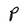
Character: P